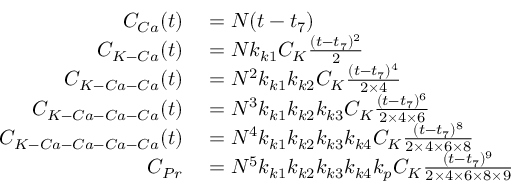
\begin{array} { r l } { C _ { C a } ( t ) } & { { } = N ( t - t _ { 7 } ) } \\ { C _ { K - C a } ( t ) } & { { } = N k _ { k 1 } C _ { K } \frac { ( t - t _ { 7 } ) ^ { 2 } } { 2 } } \\ { C _ { K - C a - C a } ( t ) } & { { } = N ^ { 2 } k _ { k 1 } k _ { k 2 } C _ { K } \frac { ( t - t _ { 7 } ) ^ { 4 } } { 2 \times 4 } } \\ { C _ { K - C a - C a - C a } ( t ) } & { { } = N ^ { 3 } k _ { k 1 } k _ { k 2 } k _ { k 3 } C _ { K } \frac { ( t - t _ { 7 } ) ^ { 6 } } { 2 \times 4 \times 6 } } \\ { C _ { K - C a - C a - C a - C a } ( t ) } & { { } = N ^ { 4 } k _ { k 1 } k _ { k 2 } k _ { k 3 } k _ { k 4 } C _ { K } \frac { ( t - t _ { 7 } ) ^ { 8 } } { 2 \times 4 \times 6 \times 8 } } \\ { C _ { P r } } & { { } = N ^ { 5 } k _ { k 1 } k _ { k 2 } k _ { k 3 } k _ { k 4 } k _ { p } C _ { K } \frac { ( t - t _ { 7 } ) ^ { 9 } } { 2 \times 4 \times 6 \times 8 \times 9 } } \end{array}